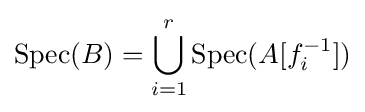
\operatorname {Spec} (B)=\bigcup _{i=1}^{r}\operatorname {Spec} (A[f_{i}^{-1}])